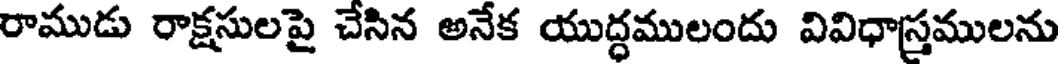
రాముడు రాక్షసులపై చేసిన అనేక యుద్ధములందు వివిధాస్రములను